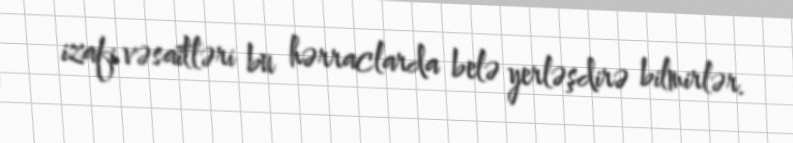
izafi vəsaitləri bu hərraclarda belə yerləşdirə bilmirlər.